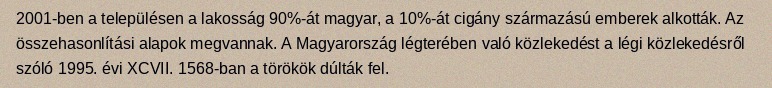
2001-ben a településen a lakosság 90%-át magyar, a 10%-át cigány származású emberek alkották. Az összehasonlítási alapok megvannak. A Magyarország légterében való közlekedést a légi közlekedésről szóló 1995. évi XCVII. 1568-ban a törökök dúlták fel.